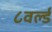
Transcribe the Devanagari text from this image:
८वर्ल्ड